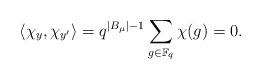
LaTeX: \begin{align*}\langle \chi_y, \chi_{y'} \rangle = q^{|B_\mu|-1} \sum_{g \in \mathbb{F}_q}\chi(g) = 0.\end{align*}